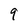
Character: 9